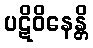
ပဋိဝိနေန္တိ